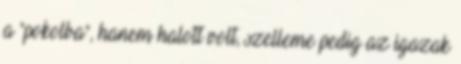
a "pokolba", hanem halott volt, szelleme pedig az igazak